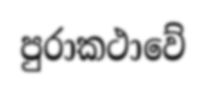
පුරාකථාවේ